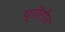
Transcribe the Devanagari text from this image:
प्रॊटीन